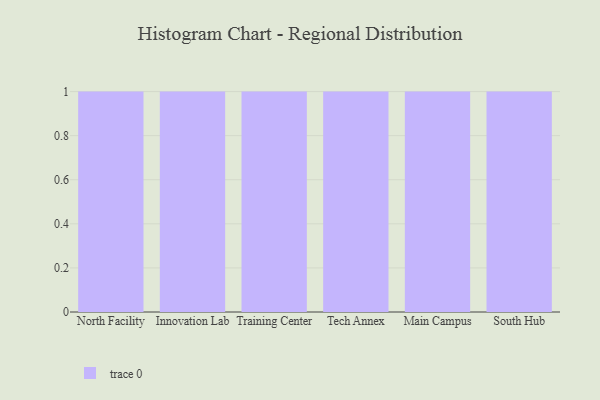
{"axis": {"x": "Campus", "y": "Operating Costs (USD K)"}, "legend": [""], "data": [{"x": "North Facility", "y": 67, "type": ""}, {"x": "Innovation Lab", "y": 57, "type": ""}, {"x": "Training Center", "y": 19, "type": ""}, {"x": "Tech Annex", "y": 27, "type": ""}, {"x": "Main Campus", "y": 97, "type": ""}, {"x": "South Hub", "y": 52, "type": ""}]}